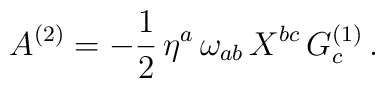
A^{(2)}=-{1\over2}\,\eta^a\,\omega_{ab}\,X^{bc}\,G_c^{(1)}\,.